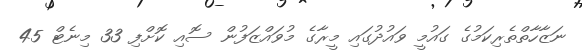
ނަޒާހާތްތެރިކަމުގެ ގައުމީ ވައުދުގައި މީރާގެ މުވައްޒަފުން ސޮއި ކޮށްފި 33 މިނެޓް 45